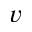
v